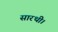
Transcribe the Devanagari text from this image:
सारथी।